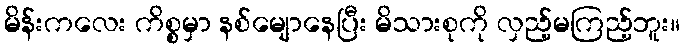
မိန်းကလေး ကိစ္စမှာ နစ်မျောနေပြီး မိသားစုကို လှည့်မကြည့်ဘူး။